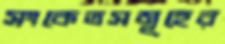
সংকেতসমূহের